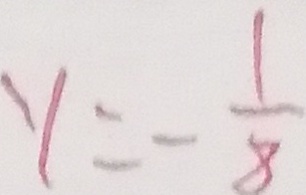
y = - \frac { 1 } { 8 }